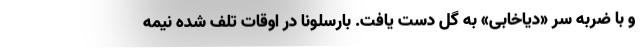
و با ضربه سر «دیاخابی» به گل دست یافت. بارسلونا در اوقات تلف شده نیمه